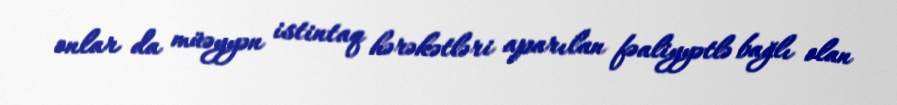
onlar da müəyyən istintaq hərəkətləri aparılan fəaliyyətlə bağlı olan